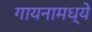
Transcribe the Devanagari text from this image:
गायनामध्ये